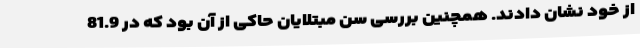
از خود نشان دادند. همچنین بررسی سن مبتلایان حاکی از آن بود که در 81.9